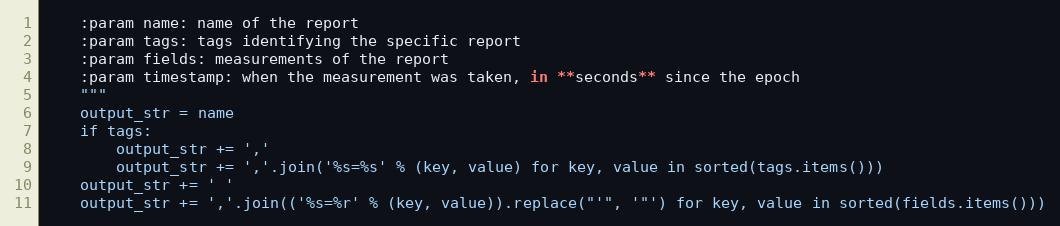
Language: Python
    :param name: name of the report
    :param tags: tags identifying the specific report
    :param fields: measurements of the report
    :param timestamp: when the measurement was taken, in **seconds** since the epoch
    """
    output_str = name
    if tags:
        output_str += ','
        output_str += ','.join('%s=%s' % (key, value) for key, value in sorted(tags.items()))
    output_str += ' '
    output_str += ','.join(('%s=%r' % (key, value)).replace("'", '"') for key, value in sorted(fields.items()))